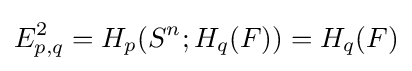
E_{p,q}^{2}=H_{p}(S^{n};H_{q}(F))=H_{q}(F)